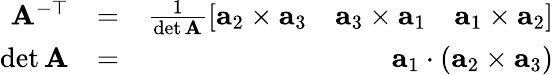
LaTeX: \begin{array}{rlr}{\mathbf{A}^{-\top}}&{=}&{\frac{1}{\operatorname*{det}\mathbf{A}}\left[\begin{array}{ccc}{\mathbf{a}_{2}\times\mathbf{a}_{3}}&{\mathbf{a}_{3}\times\mathbf{a}_{1}}&{\mathbf{a}_{1}\times\mathbf{a}_{2}}\end{array}\right]}\\ {\operatorname*{det}\mathbf{A}}&{=}&{\mathbf{a}_{1}\cdot(\mathbf{a}_{2}\times\mathbf{a}_{3})}\end{array}